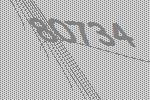
80734